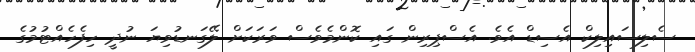
ސެލިސައިލިކް އެސިޑް އެވެ. އެސްޕިރިން ގައި ކޮންމެވެސް ވަރަކަށް ލޭގަނޑުވިޔަ ނުދީ ހިފެހެއްޓުމުގެ